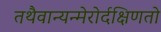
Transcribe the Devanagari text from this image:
तथैवान्यन्मेरोर्दक्षिणतो